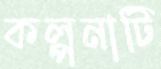
কল্পনাটি